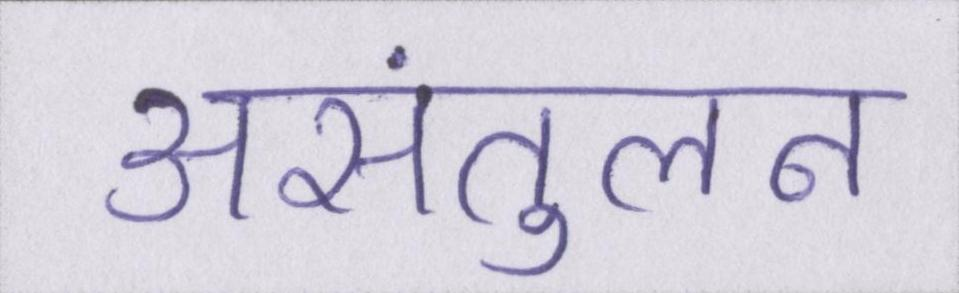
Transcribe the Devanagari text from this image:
असंतुलन